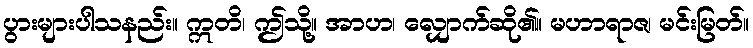
ပွားများပါသနည်း။ ဣတိ၊ ဤသို့။ အာဟ၊ လျှောက်ဆို၏။ မဟာရာဇ၊ မင်းမြတ်။